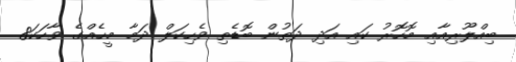
ބިއްލޫރިއާއި މޮހޮރު ކައި އަދި ދަތުން ބޮޑެތި ވެހިކަލް ދަމާ މީހެއްގެ ވާހަކަ8